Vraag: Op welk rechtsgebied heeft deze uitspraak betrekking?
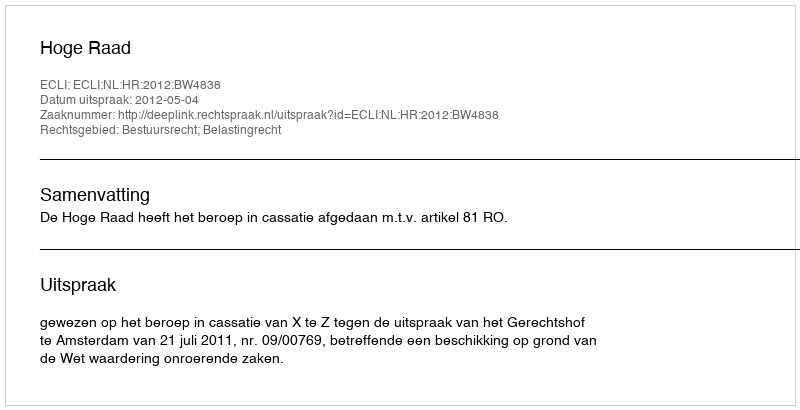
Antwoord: Bestuursrecht; Belastingrecht